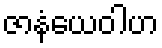
ဇာနံယေဝါဟ